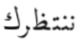
ننتظرك